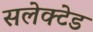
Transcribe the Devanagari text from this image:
सलेक्टेड